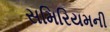
સમિરિયમની